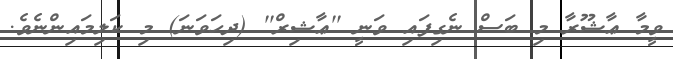
ވީމާ ޢާޝޫރާ މި ބަސް ނެގިފައި ވަނީ ''ޢާޝިރް'' (ދިހަވަނަ) މި ކަލިމައިންނެވެ.